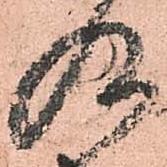
及